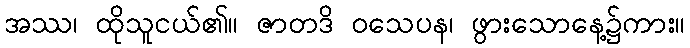
အဿ၊ ထိုသူငယ်၏။ ဇာတဒိ ဝသေပန၊ ဖွားသောနေ့၌ကား။